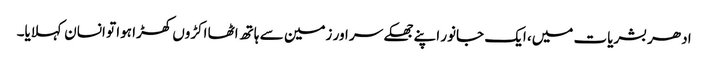
ادھر بشریات میں، ایک جانور اپنے جھکے سر اور زمین سے ہاتھ اٹھا اکڑوں کھڑا ہوا تو انسان کہلایا۔